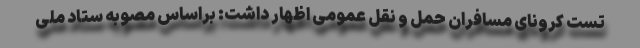
تست کرونای مسافران حمل و نقل عمومی اظهار داشت: براساس مصوبه ستاد ملی